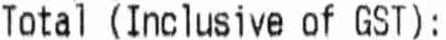
TOTAL (INCLUSIVE OF GST):